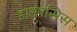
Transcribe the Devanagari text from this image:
डाइपसिस